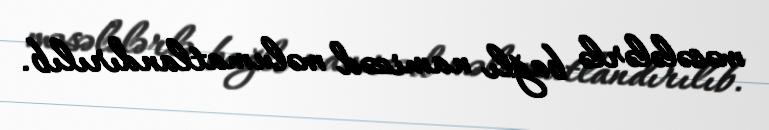
məsələlərlə bağlı namizəd məlumatlandırılıb.